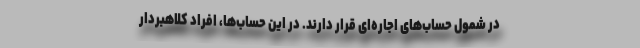
در شمول حساب‌های اجاره‌ای قرار دارند. در این حساب‌ها، افراد کلاهبردار